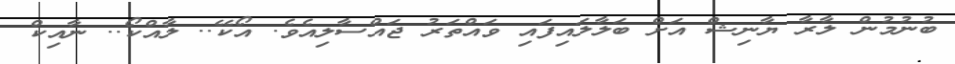
ބުނުމުން ލާރާ ޔާނިޝް އަށް ބަލާލައިފައި ވައްތަރު ޖައްސާލިއެވެ. އޯކޭ.. ލާއްކޯ.. ނާއިކް